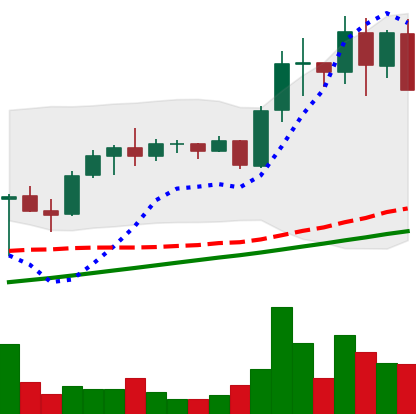
Ticker: ADA-USD
Chart end date: 2021-05-12
Forward return: 30.877%
Label: up_7plus